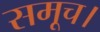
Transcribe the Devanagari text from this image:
समूच।